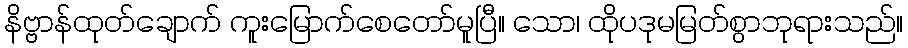
နိဗ္ဗာန်ထုတ်ချောက် ကူးမြောက်စေတော်မူပြီ။ သော၊ ထိုပဒုမမြတ်စွာဘုရားသည်။